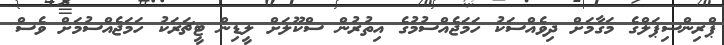
ޕްރިންސިޕަލްގެ މަގާމަށް ދިވެއްސަކު ހަމަޖެއްސުމުގެ އިތުރުން ސްކޫލަށް ލީޑިން ޓީޗަރަކު ހަމަޖެއްސުމަށް ވެސް